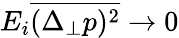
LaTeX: E_{i}\overline{{(\Delta_{\perp}p)^{2}}}\to 0